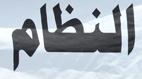
النظام